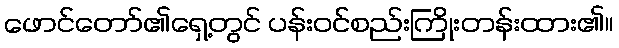
ဖောင်တော်၏ရှေ့တွင် ပန်းဝင်စည်းကြိုးတန်းထား၏။